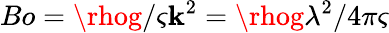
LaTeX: Bo=\rhog/\varsigma\mathbf{k}^{2}=\rhog\lambda^{2}/4\pi\varsigma